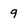
Character: 9